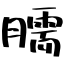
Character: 臑